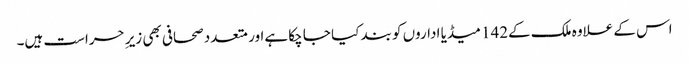
اس کے علاوہ ملک کے142 میڈیا اداروں کو بند کیا جا چکا ہےاور متعدد صحافی بھی زیرِ حراست ہیں۔